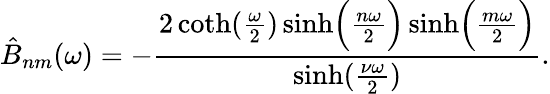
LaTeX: \hat{B}_{nm}(\omega)=-{\frac{2\coth({\frac{\omega}{2}})\sinh\Bigl({\frac{n\omega}{2}}\Bigr)\sinh\Bigl({\frac{m\omega}{2}}\Bigr)}{\sinh({\frac{\nu\omega}{2}})}}.